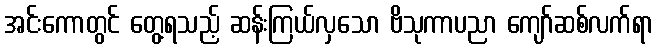
အင်းကောတွင် တွေ့ရသည့် ဆန်းကြယ်လှသော ဗိသုကာပညာ ကျော်ဆစ်လက်ရာ